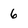
Character: 6